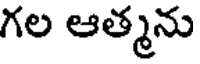
గల ఆత్మను